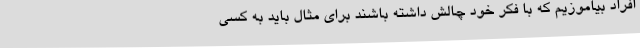
افراد بیاموزیم که با فکر خود چالش داشته باشند برای مثال باید به کسی